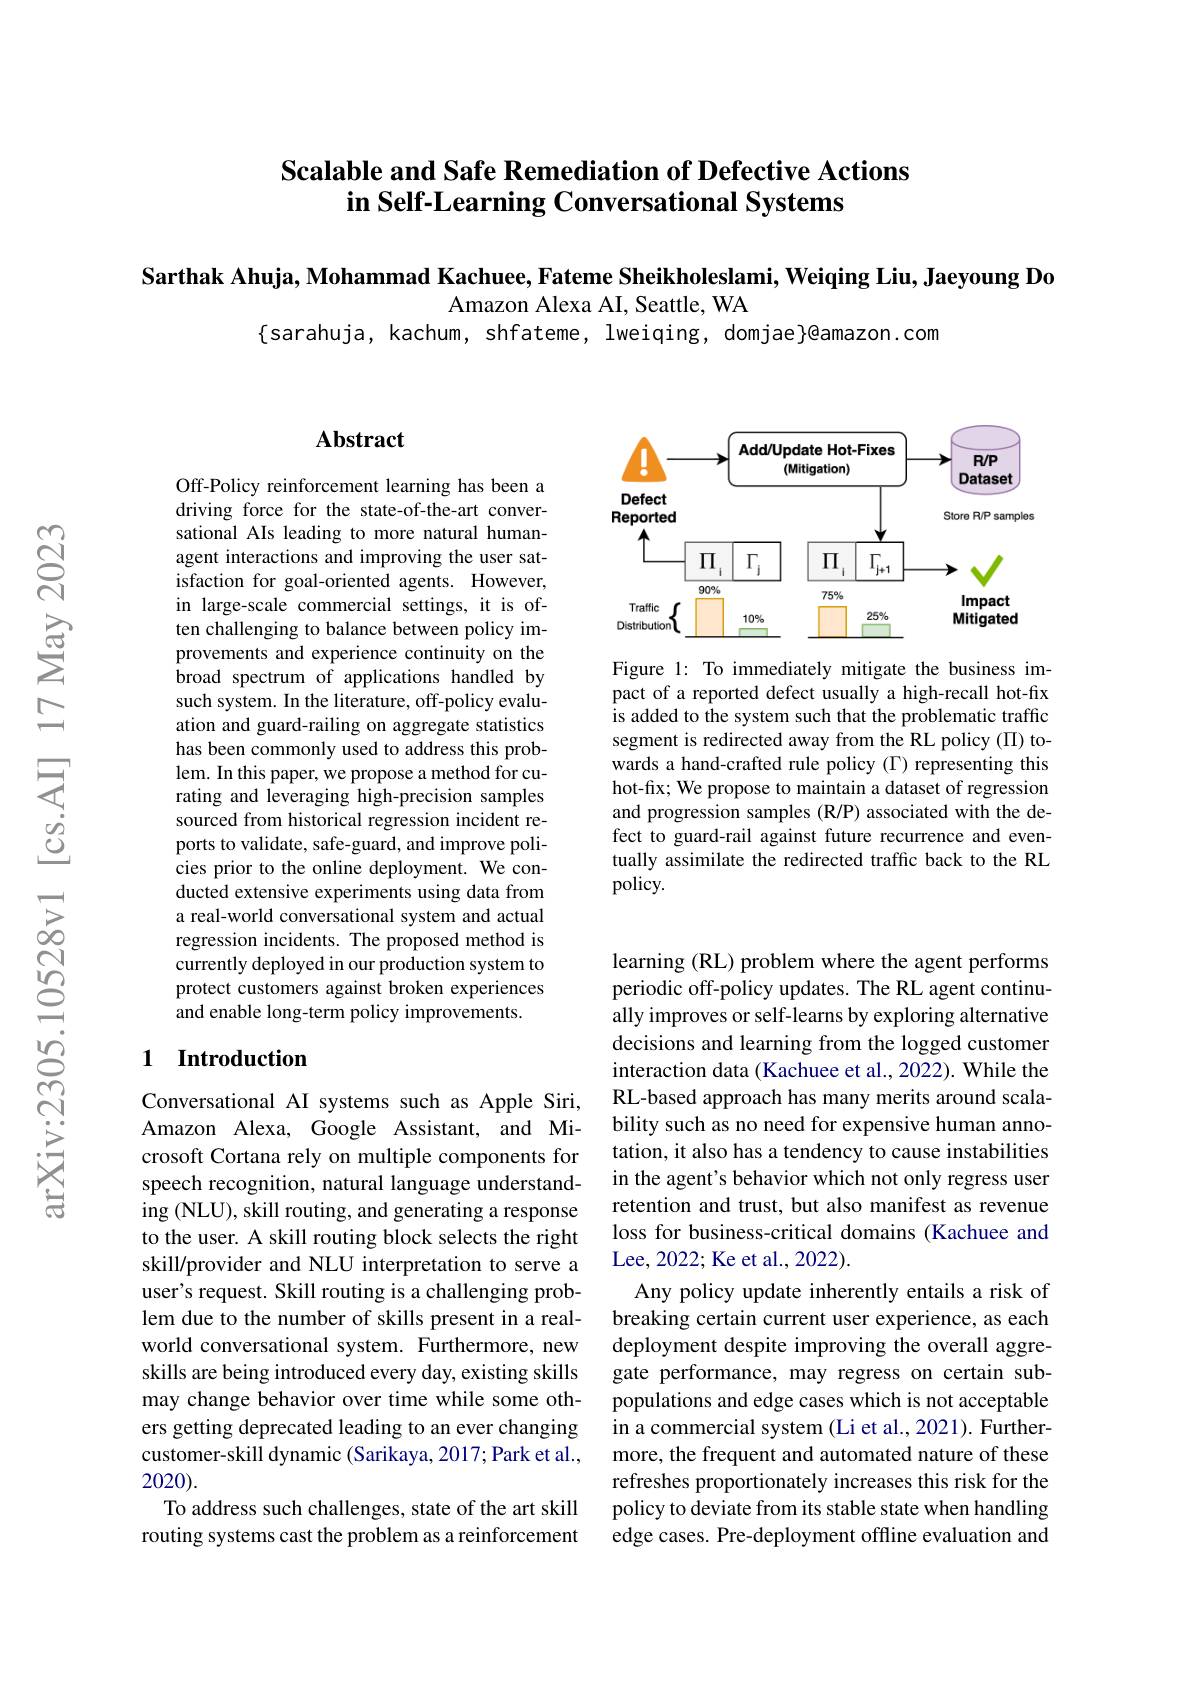
### Scalable and Safe Remediation of Defective Actions in Self-Learning Conversational Systems

$\textbf{Sarthak Ahuja, Mohammad Kachuee, Fateme Sheikholeslami, Weiqing Liu, Jaeyoung Do}$
Amazon Alexa AI, Seattle, WA
$\{$sarahuja, kachum, shfateme, lweiqing, domjae}Qamazon.com

## $\mathbf{Abstract}$

Off-Policy reinforcement learning has been a driving force for the state-of-the-art conversational AIs leading to more natural humanagent interactions and improving the user satisfaction for goal-oriented agents. However, in large-scale commercial settings, it is often challenging to balance between policy improvements and experience continuity on the broad spectrum of applications handled by such system. In the literature, off-policy evaluation and guard-railing on aggregate statistics has been commonly used to address this problem. In this paper, we propose a method for curating and leveraging high-precision samples sourced from historical regression incident reports to validate, safe-guard, and improve policies prior to the online deployment. We conducted extensive experiments using data from a real-world conversational system and actual regression incidents. The proposed method is currently deployed in our production system to protect customers against broken experiences and enable long-term policy improvements.

## 1 Introduction

Conversational AI systems such as Apple Siri, Amazon Alexa, Google Assistant, and Microsoft Cortana rely on multiple components for speech recognition, natural language understanding (NLU), skill routing, and generating a response to the user. A skill routing block selects the right skill/provider and NLU interpretation to serve a user's request. Skill routing is a challenging problem due to the number of skills present in a realworld conversational system. Furthermore, new skills are being introduced every day, existing skills may change behavior over time while some others getting deprecated leading to an ever changing customer-skill dynamic (Sarikaya, 2017; Park et al., 2020).
To address such challenges, state of the art skill routing systems cast the problem as a reinforcement

<FigureHere>

Figure 1: To immediately mitigate the business impact of a reported defect usually a high-recall hot-fix is added to the system such that the problematic traffic segment is redirected away from the RL policy (II) towards a hand-crafted rule policy (T) representing this hot-fix; We propose to maintain a dataset of regression and progression samples (R/P) associated with the defect to guard-rail against future recurrence and eventually assimilate the redirected traffic back to the RL policy.

learning (RL) problem where the agent performs periodic off-policy updates. The RL agent continually improves or self-learns by exploring alternative decisions and learning from the logged customer interaction data (Kachuee et al., 2022). While the RL-based approach has many merits around scalability such as no need for expensive human annotation, it also has a tendency to cause instabilities in the agent's behavior which not only regress user retention and trust, but also manifest as revenue loss for business-critical domains (Kachuee and Lee, 2022; Ke et al., 2022).
Any policy update inherently entails a risk of breaking certain current user experience, as each deployment despite improving the overall aggregate performance, may regress on certain subpopulations and edge cases which is not acceptable in a commercial system (Li et al., 2021). Furthermore, the frequent and automated nature of these refreshes proportionately increases this risk for the policy to deviate from its stable state when handling edge cases. Pre-deployment offline evaluation and